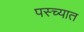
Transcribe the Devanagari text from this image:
पस्च्यात